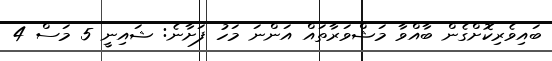
ބައިވެރިކޮށްގެން ބާއްވާ މަޝްވަރާތައް އަންނަ މަހު ފަށާނެ: ޝައިނީ 5 މަސް 4